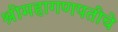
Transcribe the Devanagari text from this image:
श्रीमहागणपतीचे